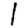
Digit: 1